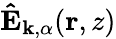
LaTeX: \mathbf{\hat{E}}_{\mathbf{k},\alpha}(\mathbf{r},z)